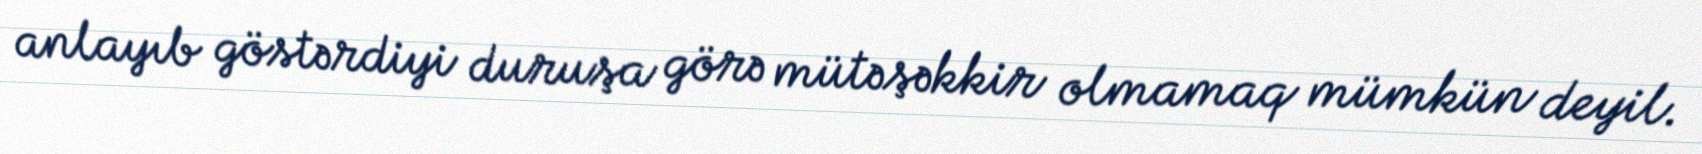
anlayıb göstərdiyi duruşa görə mütəşəkkir olmamaq mümkün deyil.